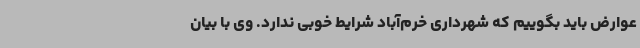
عوارض باید بگوییم که شهرداری خرم‌آباد شرایط خوبی ندارد. وی با بیان